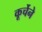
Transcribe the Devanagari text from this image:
कूर्चेने